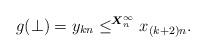
LaTeX: \begin{align*}g(\bot) = y_{kn} \leq^{\boldsymbol{X}_{n}^{\infty}} x_{(k+2)n}.\end{align*}